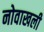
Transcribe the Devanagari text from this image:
नोवाखली